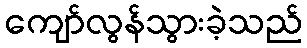
ကျော်လွန်သွားခဲ့သည်